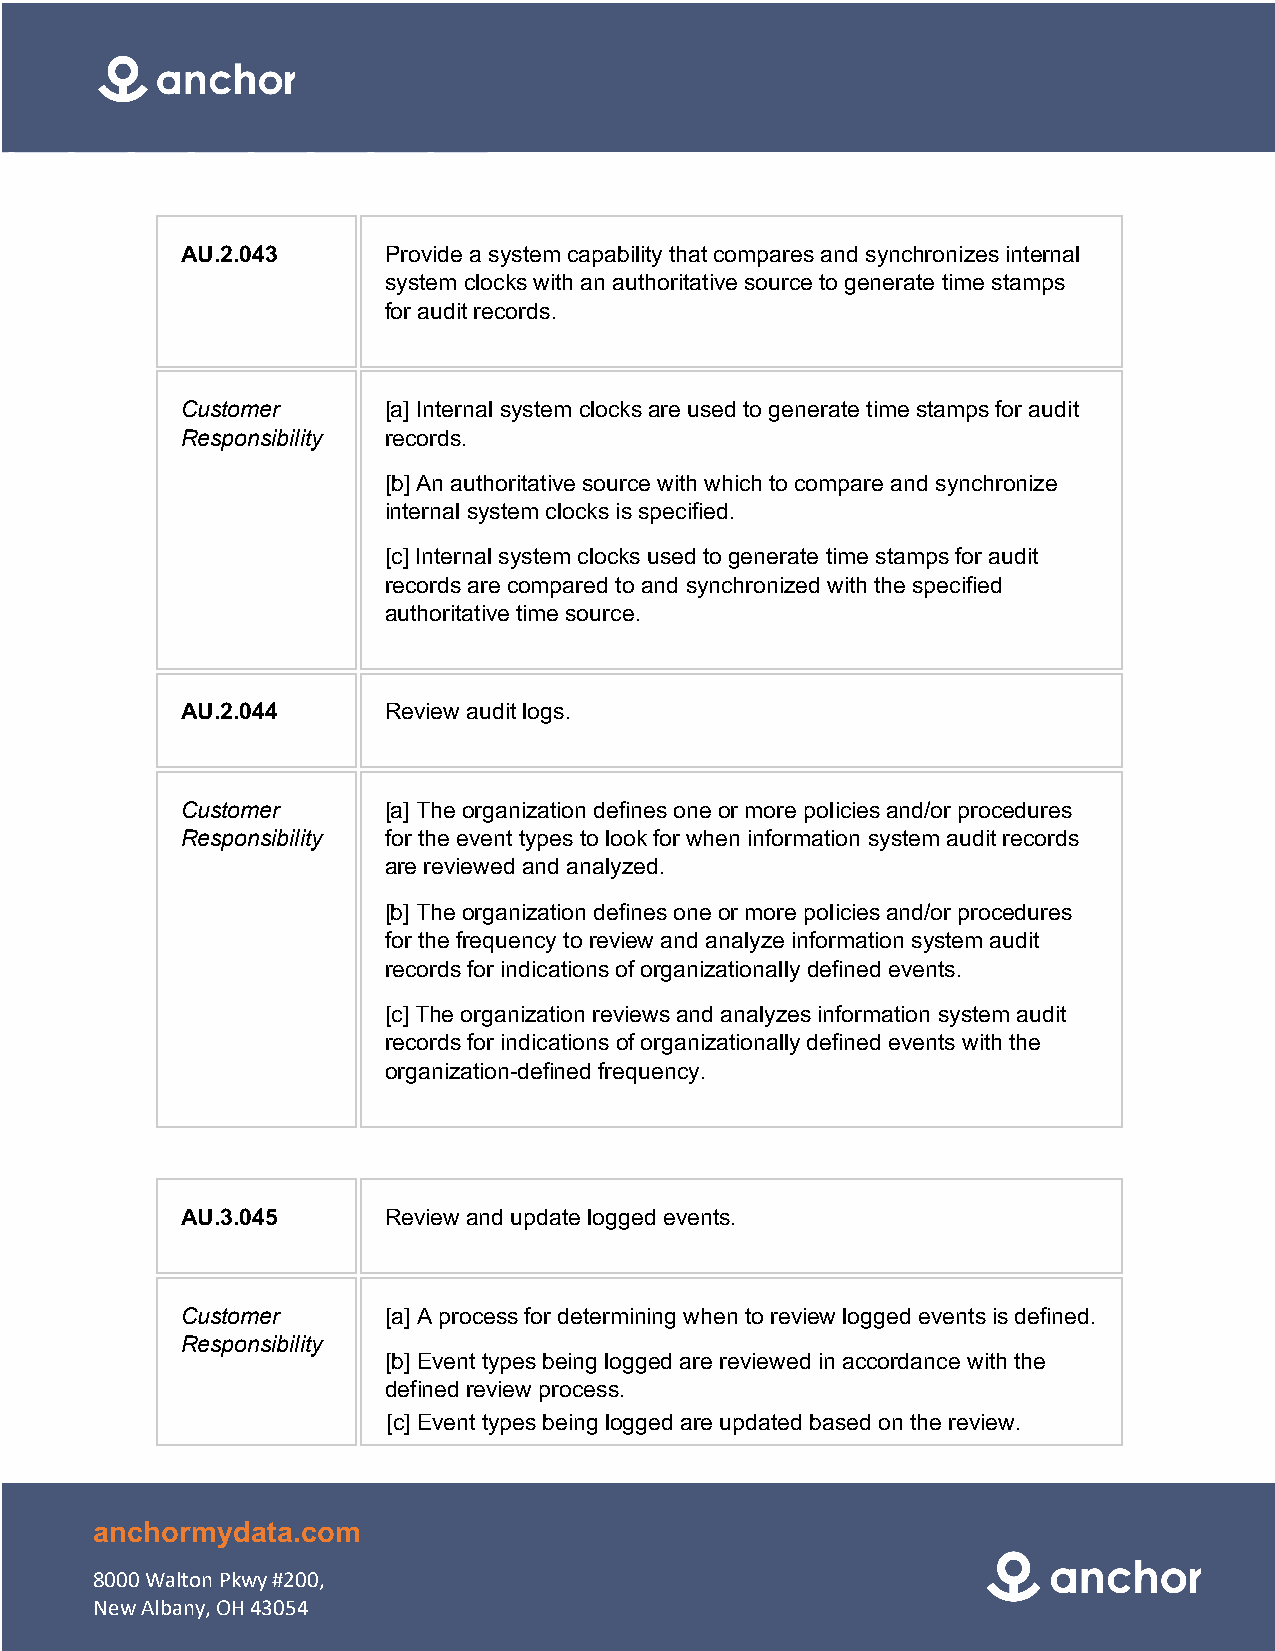
AU.2.043     Provide a system capability that compares and synchronizes internal
 system clocks with an authoritative source to generate time stamps
 for audit records.
 Customer     [a] Internal system clocks are used to generate time stamps for audit
 Responsibility records.
 [b] An authoritative source with which to compare and synchronize
 internal system clocks is specified.
 [c] Internal system clocks used to generate time stamps for audit
 records are compared to and synchronized with the specified
 authoritative time source.
 AU.2.044     Review audit logs.
 Customer     [a] The organization defines one or more policies and/or procedures
 Responsibility for the event types to look for when information system audit records
 are reviewed and analyzed.
 [b] The organization defines one or more policies and/or procedures
 for the frequency to review and analyze information system audit
 records for indications of organizationally defined events.
 [c] The organization reviews and analyzes information system audit
 records for indications of organizationally defined events with the
 organization-defined frequency.
 AU.3.045     Review and update logged events.
 Customer     [a] A process for determining when to review logged events is defined.
 Responsibility
 [b] Event types being logged are reviewed in accordance with the
 defined review process.
 [c] Event types being logged are updated based on the review.
 anchormydata.com
 8000 Walton Pkwy #200,
 New Albany, OH 43054